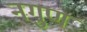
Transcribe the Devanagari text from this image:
नगुण